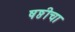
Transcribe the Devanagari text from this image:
षष्ठीचा